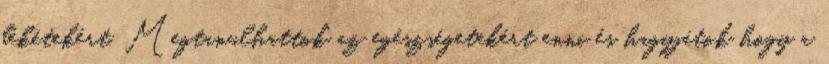
békétekért. Megtanulhattok az egészségetekért enni és hagyjátok hogy a